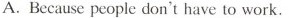
A.Because people don't have to work .